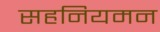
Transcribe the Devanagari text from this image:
सहनियमन